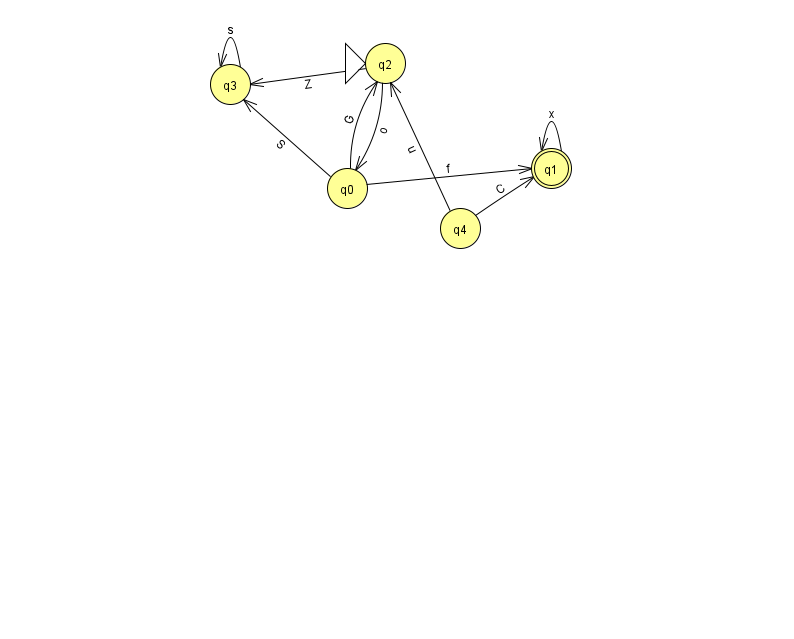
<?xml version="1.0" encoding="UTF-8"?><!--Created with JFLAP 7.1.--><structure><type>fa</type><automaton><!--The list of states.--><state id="0" name="q0"><x>347.0</x><y>175.0</y></state><state id="1" name="q1"><x>551.0</x><y>155.0</y><final/></state><state id="2" name="q2"><x>385.0</x><y>50.0</y><initial/></state><state id="3" name="q3"><x>230.0</x><y>71.0</y></state><state id="4" name="q4"><x>460.0</x><y>215.0</y></state><!--The list of transitions.--><transition><from>2</from><to>0</to><read>o</read></transition><transition><from>3</from><to>3</to><read>s</read></transition><transition><from>4</from><to>2</to><read>u</read></transition><transition><from>4</from><to>1</to><read>C</read></transition><transition><from>1</from><to>1</to><read>x</read></transition><transition><from>2</from><to>3</to><read>Z</read></transition><transition><from>0</from><to>2</to><read>G</read></transition><transition><from>0</from><to>3</to><read>S</read></transition><transition><from>0</from><to>1</to><read>f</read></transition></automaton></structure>